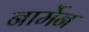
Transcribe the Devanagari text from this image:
नार्मेन